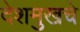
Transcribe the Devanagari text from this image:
देशमुखचे